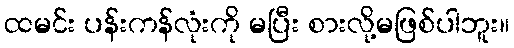
ထမင်း ပန်းကန်လုံးကို မပြီး စားလို့မဖြစ်ပါဘူး။